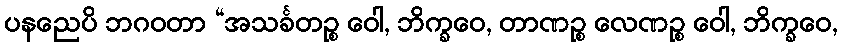
ပနညေပိ ဘဂဝတာ “အသင်္ခတဉ္စ ဝေါ, ဘိက္ခဝေ, တာဏဉ္စ လေဏဉ္စ ဝေါ, ဘိက္ခဝေ,